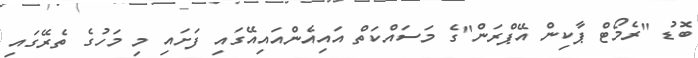
ބޮޑު "ރެމޯޓް ޕާކިން އޭޕްރަން"ގެ މަސައްކަތް އައިއެންއައިއޭގައި ފަށައި މި މަހުގެ ތެރޭގައި